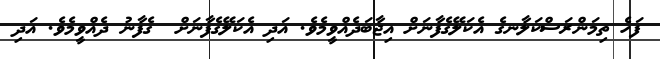
ފަހެ ތިމަންރަސްކަލާނގެ އެކަލޭގެފާނަށް އިޖާބަދެއްވީމެވެ. އަދި އެކަލޭގެފާނަށް  ގެފާނު ދެއްވީމެވެ. އަދި